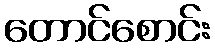
တောင်စောင်း